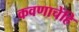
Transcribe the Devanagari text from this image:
कवणाचेंहि